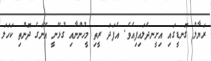
ރަޔާލް ގޮނޑީގައި އިށީނދެލައިފިއެވެ. އެފަދަ ރީތި މީހުންނާއި ގުޅޭނީ އޭނަގެ ދޮންތި ކަހަލަ